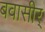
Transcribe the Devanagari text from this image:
बवासीर्